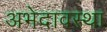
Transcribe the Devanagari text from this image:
अभेदावस्था